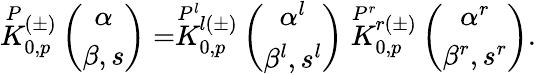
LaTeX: \stackrel{P}{K}{}\! \! _{0,p}^{(\pm)}\left(\begin{array}{c}{{\alpha}}\\ {{\beta,s}}\end{array}\right)=\stackrel{P^{l}}{K}{}\! \! _{0,p}^{l(\pm)}\left(\begin{array}{c}{{\alpha^{l}}}\\ {{\beta^{l},s^{l}}}\end{array}\right)\stackrel{P^{r}}{K}{}\! \! _{0,p}^{r(\pm)}\left(\begin{array}{c}{{\alpha^{r}}}\\ {{\beta^{r},s^{r}}}\end{array}\right).